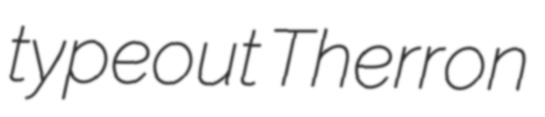
typeout Therron